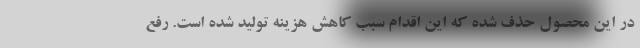
در این محصول حذف شده که این اقدام سبب کاهش هزینه تولید شده است. رفع